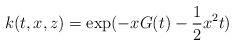
LaTeX: \begin{align*}k(t,x,z)=\exp(-xG(t)-\frac{1}{2}x^2t)\end{align*}